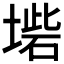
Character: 𡎵